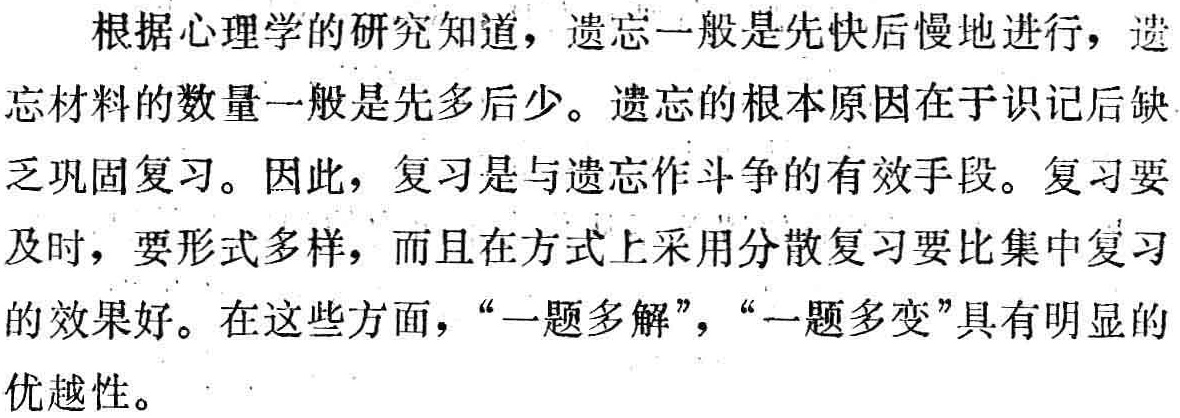
根据心理学的研究知道，遗忘一般是先快后慢地进行，遗忘材料的数量一般是先多后少。遗忘的根本原因在于识记后缺乏巩固复习。因此，复习是与遗忘作斗争的有效手段。复习要及时，要形式多样，而且在方式上采用分散复习要比集中复习的效果好。在这些方面，“一题多解”，“一题多变”具有明显的优越性。